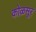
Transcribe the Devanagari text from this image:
कोळसूर